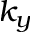
k _ { y }